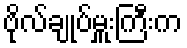
ဗိုလ်ချုပ်မှူးကြီးက